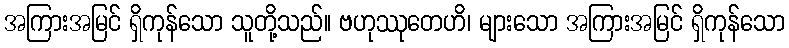
အကြားအမြင် ရှိကုန်သော သူတို့သည်။ ဗဟုဿုတေဟိ၊ များသော အကြားအမြင် ရှိကုန်သော